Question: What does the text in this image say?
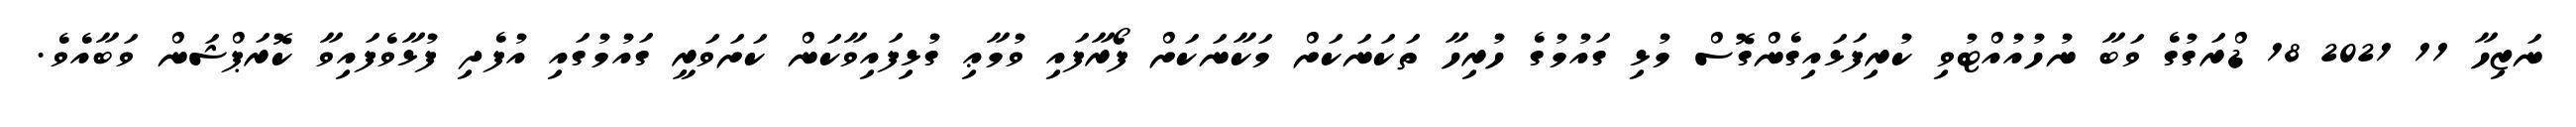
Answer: ނަޒިހާ 11 2021 18 ޑްރަގުގެ ވަބާ ނުހުއުއްޓުވި ކުރިފަޅައިގެންގޮސް މުޅި ގައުމުގެ ހުރިހާ ތަކަނަކަށް މަކާނަކަށް ފޯރާފައި ވުމާޢި ގުޅިފައިވާކަން ކަށަވަރީ ގައުމުގައި އުފެދި ފުޅާވެފައިވާ ކޮރަޕްޝަން ވަބާއެވެ.